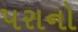
પરાનો